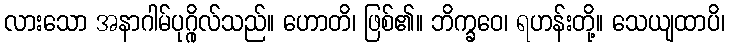
လားသော အနာဂါမ်ပုဂ္ဂိုလ်သည်။ ဟောတိ၊ ဖြစ်၏။ ဘိက္ခဝေ၊ ရဟန်းတို့။ သေယျထာပိ၊